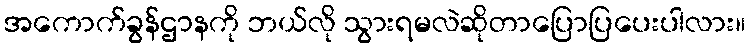
အကောက်ခွန်ဌာနကို ဘယ်လို သွားရမလဲဆိုတာပြောပြပေးပါလား။